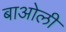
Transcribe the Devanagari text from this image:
बाओली